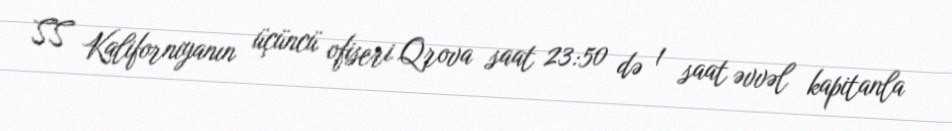
SS Kaliforniyanın üçüncü ofiseri Qrova saat 23:50 də 1 saat əvvəl kapitanla